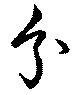
分